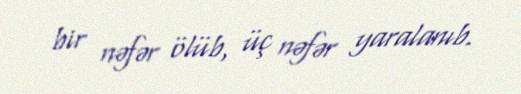
bir nəfər ölüb, üç nəfər yaralanıb.